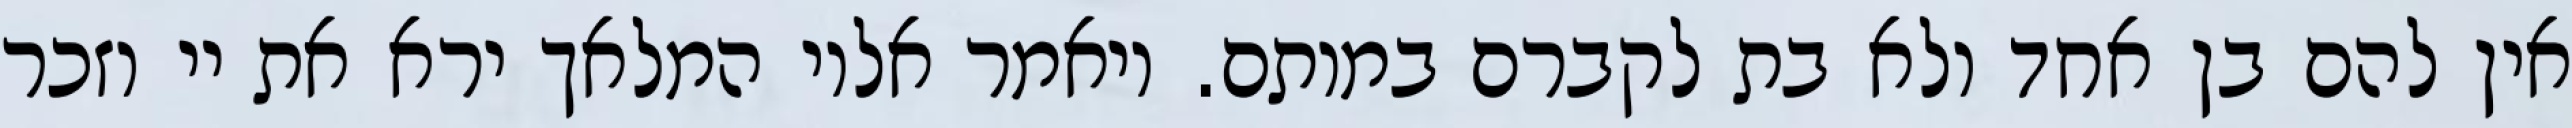
אין להם בן אחד ולא בת לקברם במותם. ויאמר אליו המלאך ירא את יי וזכר